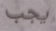
يجب